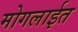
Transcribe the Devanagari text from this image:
मोगलाईत